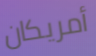
أمريكان